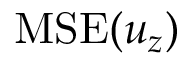
\mathrm { M S E } ( u _ { z } )